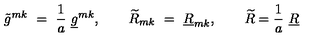
\tilde { g } ^ { m k } \ = \ { \frac { 1 } { a } } \ \underline { { g } } ^ { m k } , \qquad \widetilde { R } _ { m k } \ = \ \underline { { R } } _ { m k } , \qquad \widetilde { R } = { \frac { 1 } { a } } \ \underline { { R } }